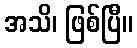
အသိ၊ ဖြစ်ပြီ။